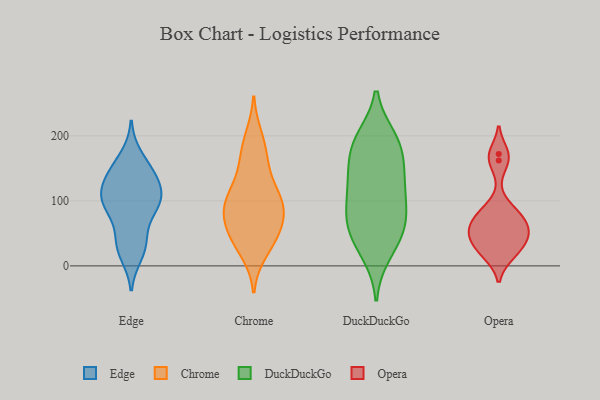
{"axis": {"x": "LTV (USD)", "y": "Value"}, "legend": ["Chrome", "DuckDuckGo", "Edge", "Opera"], "data": [{"x": "", "y": 144, "type": "Edge"}, {"x": "", "y": 89, "type": "Edge"}, {"x": "", "y": 33, "type": "Edge"}, {"x": "", "y": 94, "type": "Edge"}, {"x": "", "y": 135, "type": "Edge"}, {"x": "", "y": 44, "type": "Edge"}, {"x": "", "y": 18, "type": "Edge"}, {"x": "", "y": 168, "type": "Edge"}, {"x": "", "y": 29, "type": "Edge"}, {"x": "", "y": 90, "type": "Edge"}, {"x": "", "y": 113, "type": "Edge"}, {"x": "", "y": 149, "type": "Edge"}, {"x": "", "y": 97, "type": "Edge"}, {"x": "", "y": 112, "type": "Edge"}, {"x": "", "y": 133, "type": "Edge"}, {"x": "", "y": 101, "type": "Edge"}, {"x": "", "y": 61, "type": "Chrome"}, {"x": "", "y": 185, "type": "Chrome"}, {"x": "", "y": 83, "type": "Chrome"}, {"x": "", "y": 56, "type": "Chrome"}, {"x": "", "y": 198, "type": "Chrome"}, {"x": "", "y": 56, "type": "Chrome"}, {"x": "", "y": 91, "type": "Chrome"}, {"x": "", "y": 94, "type": "Chrome"}, {"x": "", "y": 162, "type": "Chrome"}, {"x": "", "y": 42, "type": "Chrome"}, {"x": "", "y": 150, "type": "Chrome"}, {"x": "", "y": 99, "type": "Chrome"}, {"x": "", "y": 100, "type": "Chrome"}, {"x": "", "y": 22, "type": "Chrome"}, {"x": "", "y": 124, "type": "Chrome"}, {"x": "", "y": 100, "type": "Chrome"}, {"x": "", "y": 33, "type": "Chrome"}, {"x": "", "y": 100, "type": "DuckDuckGo"}, {"x": "", "y": 19, "type": "DuckDuckGo"}, {"x": "", "y": 59, "type": "DuckDuckGo"}, {"x": "", "y": 196, "type": "DuckDuckGo"}, {"x": "", "y": 182, "type": "DuckDuckGo"}, {"x": "", "y": 194, "type": "DuckDuckGo"}, {"x": "", "y": 143, "type": "DuckDuckGo"}, {"x": "", "y": 121, "type": "DuckDuckGo"}, {"x": "", "y": 131, "type": "DuckDuckGo"}, {"x": "", "y": 64, "type": "DuckDuckGo"}, {"x": "", "y": 70, "type": "DuckDuckGo"}, {"x": "", "y": 98, "type": "DuckDuckGo"}, {"x": "", "y": 59, "type": "DuckDuckGo"}, {"x": "", "y": 31, "type": "DuckDuckGo"}, {"x": "", "y": 154, "type": "DuckDuckGo"}, {"x": "", "y": 187, "type": "DuckDuckGo"}, {"x": "", "y": 51, "type": "Opera"}, {"x": "", "y": 21, "type": "Opera"}, {"x": "", "y": 84, "type": "Opera"}, {"x": "", "y": 45, "type": "Opera"}, {"x": "", "y": 172, "type": "Opera"}, {"x": "", "y": 162, "type": "Opera"}, {"x": "", "y": 38, "type": "Opera"}, {"x": "", "y": 67, "type": "Opera"}, {"x": "", "y": 18, "type": "Opera"}, {"x": "", "y": 81, "type": "Opera"}, {"x": "", "y": 58, "type": "Opera"}]}